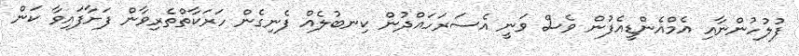
ފުލުހުންނާއި އެމްއެންޑީއެފުން ވެސް ވަނީ އެސަރަހައްދުން ކިނބުލެއް ފެނިގެން ހަރަކާތްތެރިވާން ފަށާފައިވާ ކަން